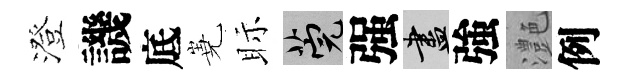
澄譏底嶤眎筦强盡強灔例